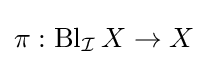
\pi :\operatorname {Bl} _{\mathcal {I}}X\to X